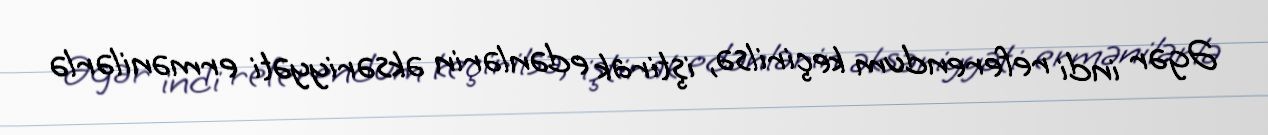
Əgər indi referendum keçirilsə, iştirak edənlərin əksəriyyəti ermənilərlə